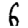
Digit: 6